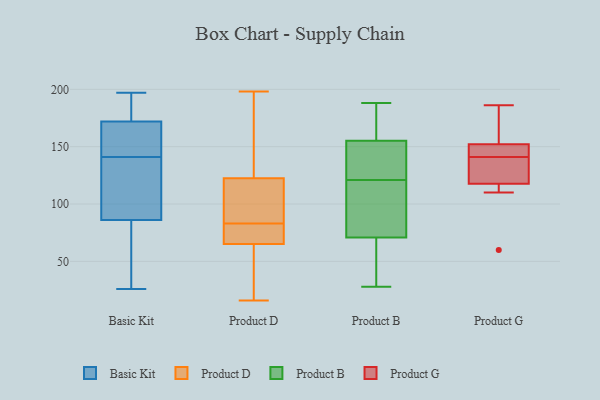
{"axis": {"x": "Conversion Rate (%)", "y": "Value"}, "legend": ["Basic Kit", "Product B", "Product D", "Product G"], "data": [{"x": "", "y": 149, "type": "Basic Kit"}, {"x": "", "y": 172, "type": "Basic Kit"}, {"x": "", "y": 26, "type": "Basic Kit"}, {"x": "", "y": 108, "type": "Basic Kit"}, {"x": "", "y": 60, "type": "Basic Kit"}, {"x": "", "y": 149, "type": "Basic Kit"}, {"x": "", "y": 140, "type": "Basic Kit"}, {"x": "", "y": 56, "type": "Basic Kit"}, {"x": "", "y": 197, "type": "Basic Kit"}, {"x": "", "y": 86, "type": "Basic Kit"}, {"x": "", "y": 188, "type": "Basic Kit"}, {"x": "", "y": 185, "type": "Basic Kit"}, {"x": "", "y": 195, "type": "Basic Kit"}, {"x": "", "y": 166, "type": "Basic Kit"}, {"x": "", "y": 142, "type": "Basic Kit"}, {"x": "", "y": 27, "type": "Basic Kit"}, {"x": "", "y": 91, "type": "Basic Kit"}, {"x": "", "y": 119, "type": "Basic Kit"}, {"x": "", "y": 123, "type": "Product D"}, {"x": "", "y": 188, "type": "Product D"}, {"x": "", "y": 121, "type": "Product D"}, {"x": "", "y": 92, "type": "Product D"}, {"x": "", "y": 167, "type": "Product D"}, {"x": "", "y": 70, "type": "Product D"}, {"x": "", "y": 16, "type": "Product D"}, {"x": "", "y": 22, "type": "Product D"}, {"x": "", "y": 66, "type": "Product D"}, {"x": "", "y": 33, "type": "Product D"}, {"x": "", "y": 198, "type": "Product D"}, {"x": "", "y": 65, "type": "Product D"}, {"x": "", "y": 115, "type": "Product D"}, {"x": "", "y": 83, "type": "Product D"}, {"x": "", "y": 83, "type": "Product D"}, {"x": "", "y": 150, "type": "Product B"}, {"x": "", "y": 116, "type": "Product B"}, {"x": "", "y": 28, "type": "Product B"}, {"x": "", "y": 188, "type": "Product B"}, {"x": "", "y": 133, "type": "Product B"}, {"x": "", "y": 171, "type": "Product B"}, {"x": "", "y": 136, "type": "Product B"}, {"x": "", "y": 90, "type": "Product B"}, {"x": "", "y": 121, "type": "Product B"}, {"x": "", "y": 136, "type": "Product B"}, {"x": "", "y": 183, "type": "Product B"}, {"x": "", "y": 31, "type": "Product B"}, {"x": "", "y": 67, "type": "Product B"}, {"x": "", "y": 63, "type": "Product B"}, {"x": "", "y": 78, "type": "Product B"}, {"x": "", "y": 72, "type": "Product B"}, {"x": "", "y": 187, "type": "Product B"}, {"x": "", "y": 152, "type": "Product G"}, {"x": "", "y": 141, "type": "Product G"}, {"x": "", "y": 179, "type": "Product G"}, {"x": "", "y": 186, "type": "Product G"}, {"x": "", "y": 60, "type": "Product G"}, {"x": "", "y": 126, "type": "Product G"}, {"x": "", "y": 137, "type": "Product G"}, {"x": "", "y": 145, "type": "Product G"}, {"x": "", "y": 110, "type": "Product G"}, {"x": "", "y": 152, "type": "Product G"}, {"x": "", "y": 115, "type": "Product G"}]}